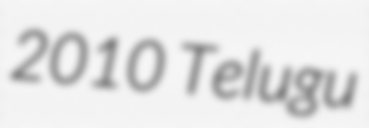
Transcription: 2010 Telugu